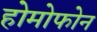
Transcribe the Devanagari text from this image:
होमोफोन